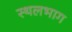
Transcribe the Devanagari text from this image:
स्थलभाग